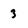
Character: 3